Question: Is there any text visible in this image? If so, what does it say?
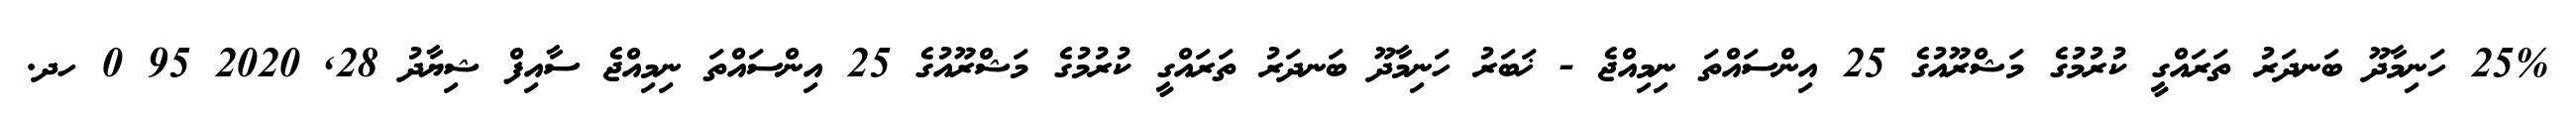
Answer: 25% ހަނިމާދޫ ބަނދަރު ތަރައްގީ ކުރުމުގެ މަޝްރޫއުގެ 25 އިންސައްތަ ނިމިއްޖެ - ޚަބަރު ހަނިމާދޫ ބަނދަރު ތަރައްގީ ކުރުމުގެ މަޝްރޫއުގެ 25 އިންސައްތަ ނިމިއްޖެ ސާއިފް ޝިޔާދު 28, 2020 95 0 ހދ.